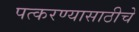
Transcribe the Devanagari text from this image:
पत्करण्यासाठीचे